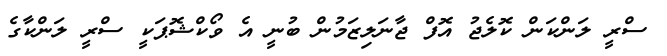
ސްރީ ލަންކަން ކޮލެޖު އޮފް ޖާނަލިޒަމުން ބުނީ އެ ވޯކްޝޮޕަކީ ސްރީ ލަންކާގެ